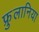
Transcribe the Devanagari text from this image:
फ्रुलानिया